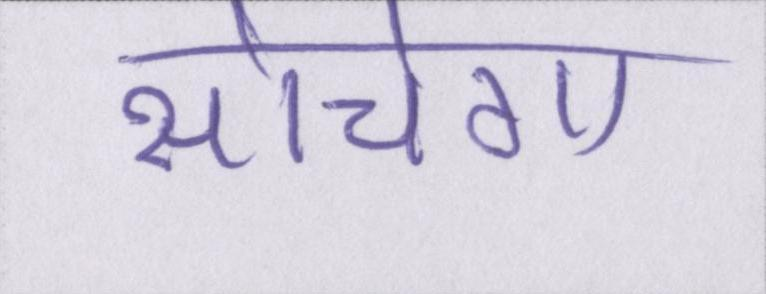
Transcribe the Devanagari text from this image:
सोचेगा